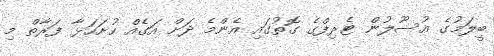
ބީލަމުގެ އުސޫލުން ޓެރިފްގެ ގޮތުގައި އެންމެ ދަށް އަގެއް ހުށަހަޅާ ފަރާތް މި